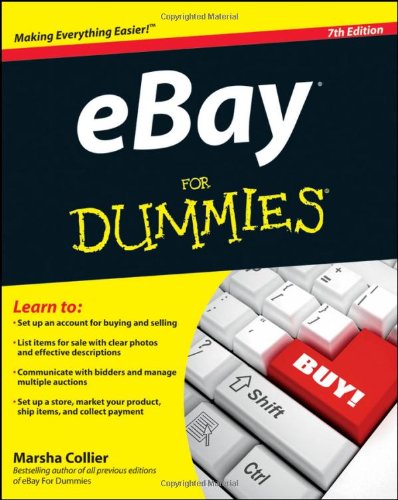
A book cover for eBay For Dummies; Marsha Collier; Computers & Technology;